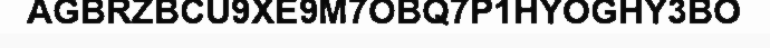
AGBRZBCU9XE9M7OBQ7P1HYOGHY3BO